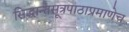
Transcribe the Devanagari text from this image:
सिद्धान्तसूत्रपाठाप्रमाणेच